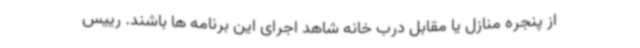
از پنجره منازل یا مقابل درب خانه شاهد اجرای این برنامه ها باشند. رییس